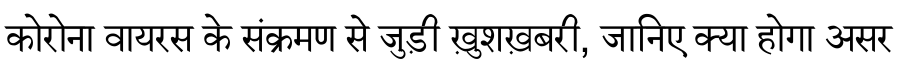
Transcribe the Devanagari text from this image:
कोरोना वायरस के संक्रमण से जुड़ी ख़ुशख़बरी, जानिए क्या होगा असर